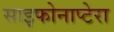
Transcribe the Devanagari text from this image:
साइफोनाप्टेरा